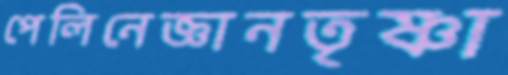
পেলিনেজ্ঞানতৃষ্ণা